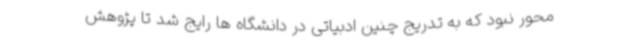
محور نبود که به تدریج چنین ادبیاتی در دانشگاه ها رایج شد تا پژوهش